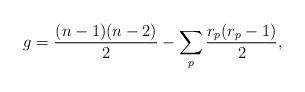
\begin{align*}g = \frac {(n-1)(n-2)}{2} - \sum_p \frac {r_p(r_p-1)}{2}, \end{align*}